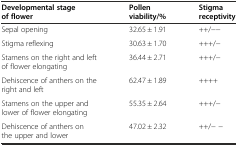
| Developmental stage of flower | Pollen viability/% | Stigma receptivity |
 | --- | --- | --- |
 | Sepal opening | 32.65 ± 1.91 | ++/-- |
 | Stigma reflexing | 30.63 ± 1.70 | +++/- |
 | Stamens on the right and left of flower elongating | 36.44 ± 2.71 | +++/- |
 | Dehiscence of anthers on the right and left | 62.47 ± 1.89 | ++++ |
 | Stamens on the upper and lower of flower elongating | 55.35 ± 2.64 | +++/- |
 | Dehiscence of anthers on the upper and lower | 47.02 ± 2.32 | ++/- - |